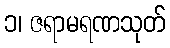
၁၊ ဇရာမရဏသုတ်